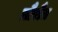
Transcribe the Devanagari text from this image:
तौरौत